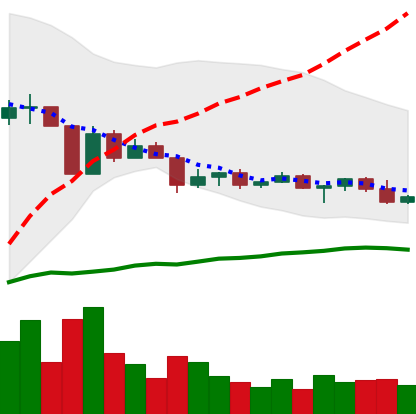
Ticker: ETC-USD
Chart end date: 2022-04-22
Forward return: -12.067%
Label: down_7plus